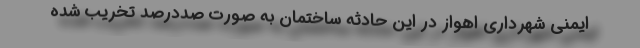
ایمنی شهرداری اهواز در این حادثه ساختمان به صورت صددرصد تخریب شده